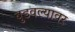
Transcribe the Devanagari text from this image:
बुडवल्यावर